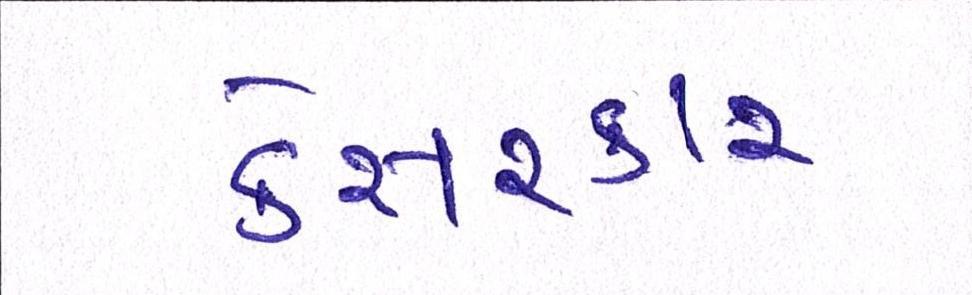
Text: કેસરકાર